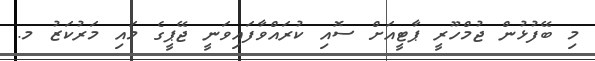
މި ބޭފުޅުން ޖުމްހޫރީ ޕާޓީއަށް ސޮއި ކުރައްވާފައިވަނީ ޖޭޕީގެ މައި މަރުކަޒު މ.